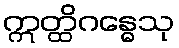
ဣတ္ထိဂန္ဓေသု